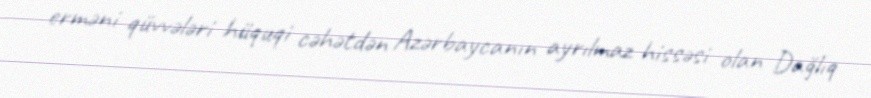
erməni qüvvələri hüquqi cəhətdən Azərbaycanın ayrılmaz hissəsi olan Dağlıq